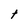
Character: t